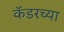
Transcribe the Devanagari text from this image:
कॅडरच्या